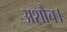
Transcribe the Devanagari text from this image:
अशौच।